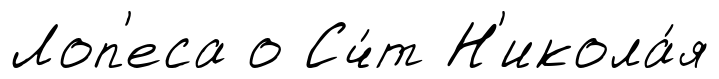
Лоп'еса о Сч́т Н'икола́я